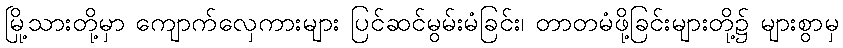
မြို့သားတို့မှာ ကျောက်လှေကားများ ပြင်ဆင်မွမ်းမံခြင်း၊ တာတမံဖို့ခြင်းများတို့၌ များစွာမှ